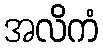
အလိကံ